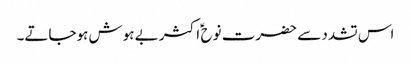
اس تشدد سے حضرت نوح ؑ اکثر بے ہوش ہوجاتے۔